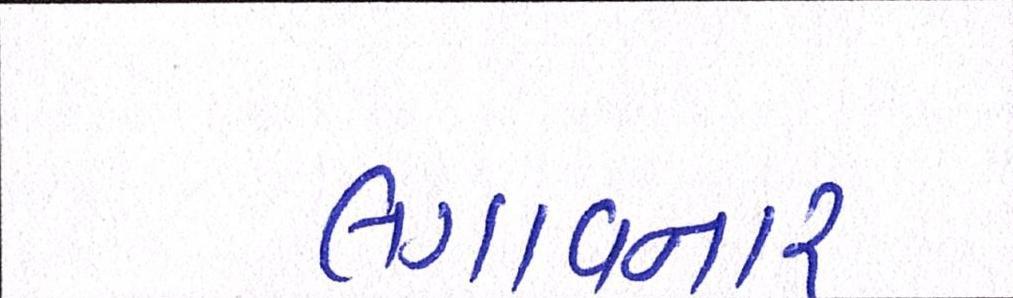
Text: લગાવનાર